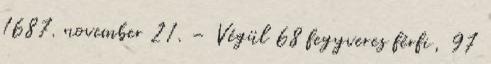
1687. november 21. – Végül 68 fegyveres férfi, 97